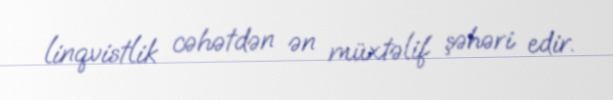
linqvistlik cəhətdən ən müxtəlif şəhəri edir.